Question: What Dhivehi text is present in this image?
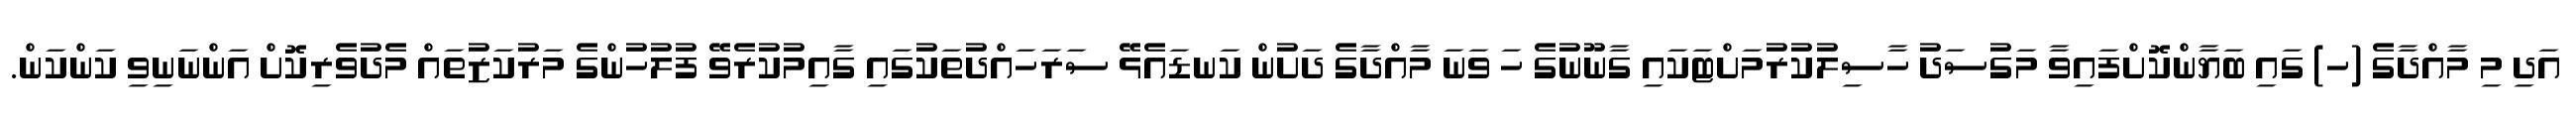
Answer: އަދި މި މާއްދާގެ (ހ) ގައި ބަޔާންކޮށްފައިވާ މަގުސަދު ހާސިލުކުރުމަށްޓަކައި ގާނޫނުގެ ހަ ވަނަ މާއްދާގެ ދަށުން ކަނޑައެޅޭ ސަރަހައްދުތަކުގައި ގާއިމުކުރެވޭ ފުލުހުންގެ މަރުކަޒުތައް މެދުވެރިކޮށް އަންނަނިވި ކަންކަން.